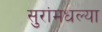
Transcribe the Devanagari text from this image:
सुरांमधल्या